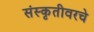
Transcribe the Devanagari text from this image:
संस्कृतीवरचे